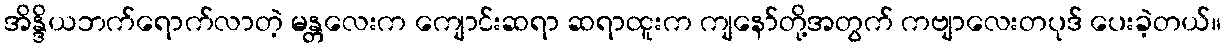
အိန္ဒိယဘက်ရောက်လာတဲ့ မန္တလေးက ကျောင်းဆရာ ဆရာထူးက ကျနော်တို့အတွက် ကဗျာလေးတပုဒ် ပေးခဲ့တယ်။